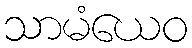
သာမံယေဝ